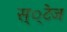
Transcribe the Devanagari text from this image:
स््टेज